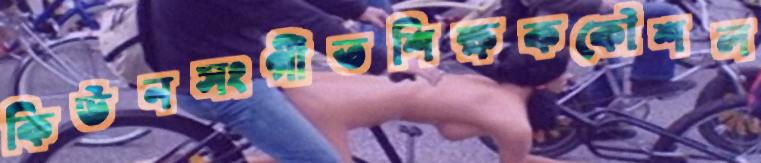
কিউনসংগীতশিক্ষককৌশল